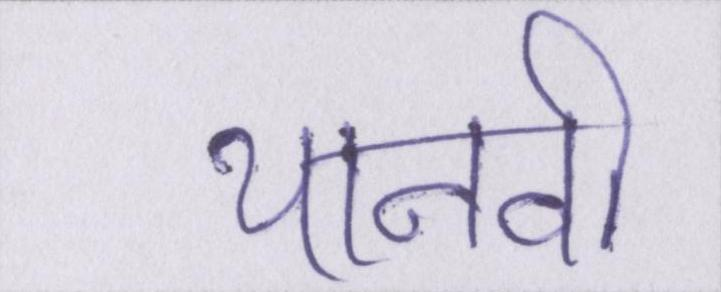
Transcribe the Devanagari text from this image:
थानवी